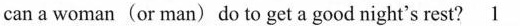
can a woman(or man) do to get a good night's rest? \underline{1}